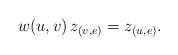
LaTeX: \begin{align*}w(u,v) \, z_{(v,e)}= z_{(u,e)}.\end{align*}